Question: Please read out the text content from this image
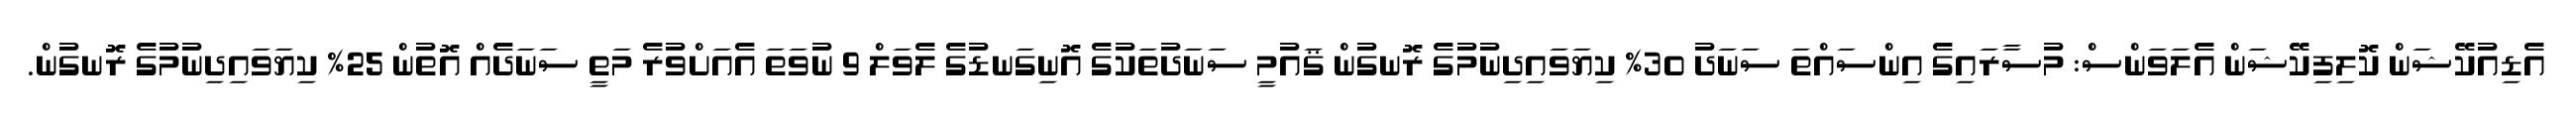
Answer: އެޑިއުކޭޝަން ކޮލިފިކޭޝަން އެލަވަންސް: މުސާރައިގެ އިންސައްތަ ސަނަދު 30% ކިޔަވައިދިނުމުގެ ރޮނގުން ޤައުމީ ސަނަދުތަކުގެ އޮނިގަނޑުގެ ލެވަލް 9 ނުވަތަ އެއަށްވުރެ މަތީ ސަނަދެއް އޮތުން 25% ކިޔަވައިދިނުމުގެ ރޮނގުން.